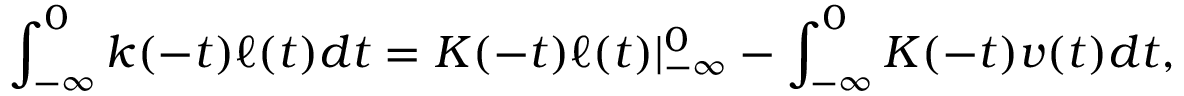
\int _ { - \infty } ^ { 0 } k ( - t ) \ell ( t ) d t = K ( - t ) \ell ( t ) | _ { - \infty } ^ { 0 } - \int _ { - \infty } ^ { 0 } K ( - t ) v ( t ) d t ,